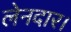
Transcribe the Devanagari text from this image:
लेनदार।